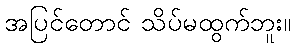
အပြင်တောင် သိပ်မထွက်ဘူး။